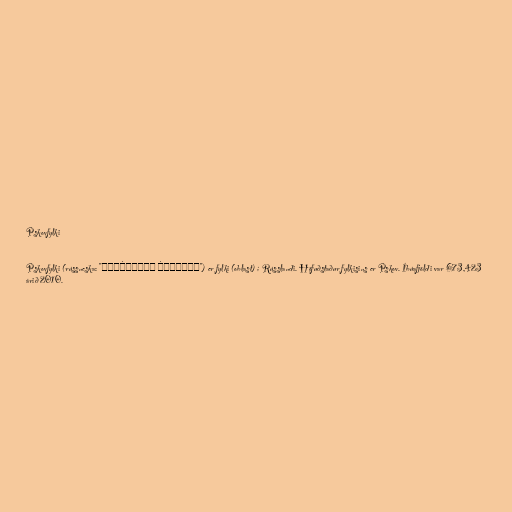
Pskovfylki

Pskovfylki (rússneska: "Пско́вская о́бласть") er fylki (oblast) í Rússlandi. Höfuðstaður fylkisins er Pskov. Íbúafjöldi var 673,423
árið 2010.